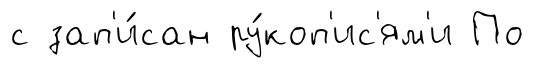
с зап'и́сан ру́коп'ис'ям'и По